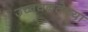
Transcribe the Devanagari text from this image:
उच्चघनतेच्या